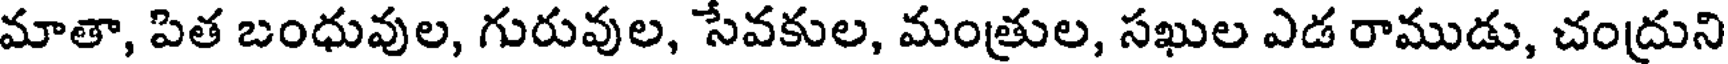
మాతా, పిత బంధువుల, గురువుల, సేవకుల, మంత్రుల, సఖుల ఎడ రాముడు, చంద్రుని